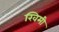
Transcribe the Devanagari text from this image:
खिमी